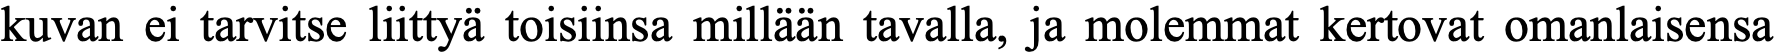
kuvan ei tarvitse liittyä toisiinsa millään tavalla, ja molemmat kertovat omanlaisensa